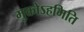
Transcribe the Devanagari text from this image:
मुक्तोऽहमिति